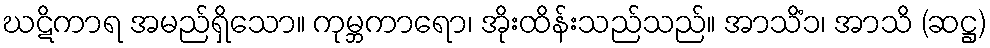
ဃဋိကာရ အမည်ရှိသော။ ကုမ္ဘကာရော၊ အိုးထိန်းသည်သည်။ အာသိံ၁၊ အာသိ (ဆဋ္ဌ)